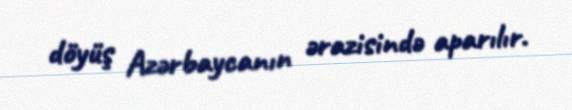
döyüş Azərbaycanın ərazisində aparılır.